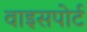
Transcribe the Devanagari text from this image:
वाइसपोर्ट